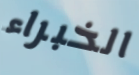
الخبراء